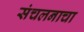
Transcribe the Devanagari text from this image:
संचलनाचा